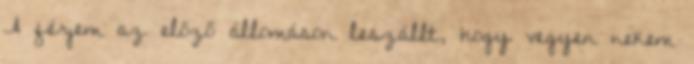
A férjem az előző állomáson leszállt, hogy vegyen nekem